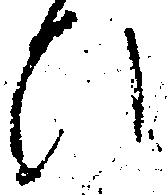
ひ